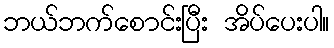
ဘယ်ဘက်စောင်းပြီး အိပ်ပေးပါ။